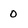
Character: 0